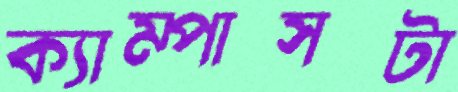
ক্যাম্পাসটা